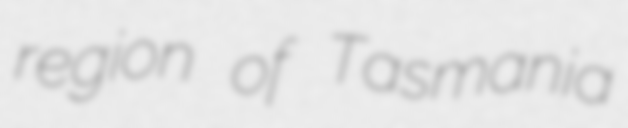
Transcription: region of Tasmania